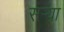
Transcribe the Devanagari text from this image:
सर्‍या